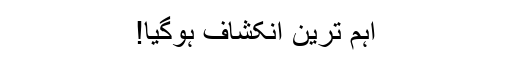
اہم ترین انکشاف ہوگیا!